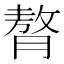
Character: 𮌳